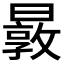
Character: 𰖬